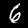
Label: 6